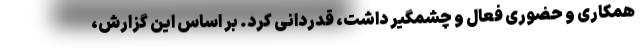
همکاری و حضوری فعال و چشمگیر داشت، قدردانی کرد. بر اساس این گزارش،